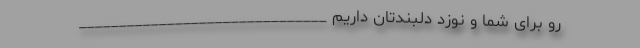
رو برای شما و نوزد دلبندتان داریم _______________________________